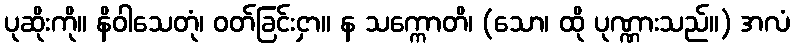
ပုဆိုးကို။ နိဝါသေတုံ၊ ဝတ်ခြင်းငှာ။ န သက္ကောတိ၊ (သော၊ ထို ပုဏ္ဏားသည်။) အလံ